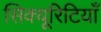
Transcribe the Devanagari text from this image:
सिक्यूरिटियाँ